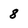
Character: 8